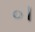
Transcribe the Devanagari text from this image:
०।